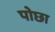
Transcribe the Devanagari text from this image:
पोछा